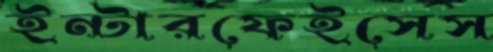
ইন্টারফেইসেস